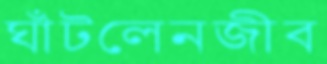
ঘাঁটলেনজীব